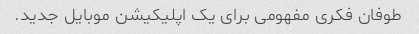
طوفان فکری مفهومی برای یک اپلیکیشن موبایل جدید.